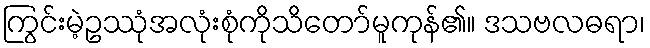
ကြွင်းမဲ့ဥဿုံအလုံးစုံကိုသိတော်မူကုန်၏။ ဒသဗလဓရာ၊